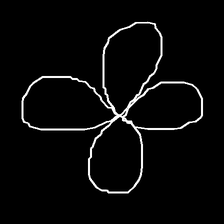
Glyph: billowing